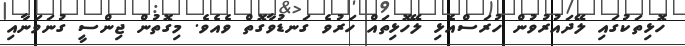
ހޮޅިތަކުގައި ލޭދައުރުވުން ހުރަސްއެޅި ލޭހޮޅިތައް ހަރުވެ ގަނޑުވާގޮތް ވެއެވެ. މިގޮތުން ޖިންސީ ގުނަވަނާއި